Calcutta medical institutions reports 1892-1900
Year: 1892
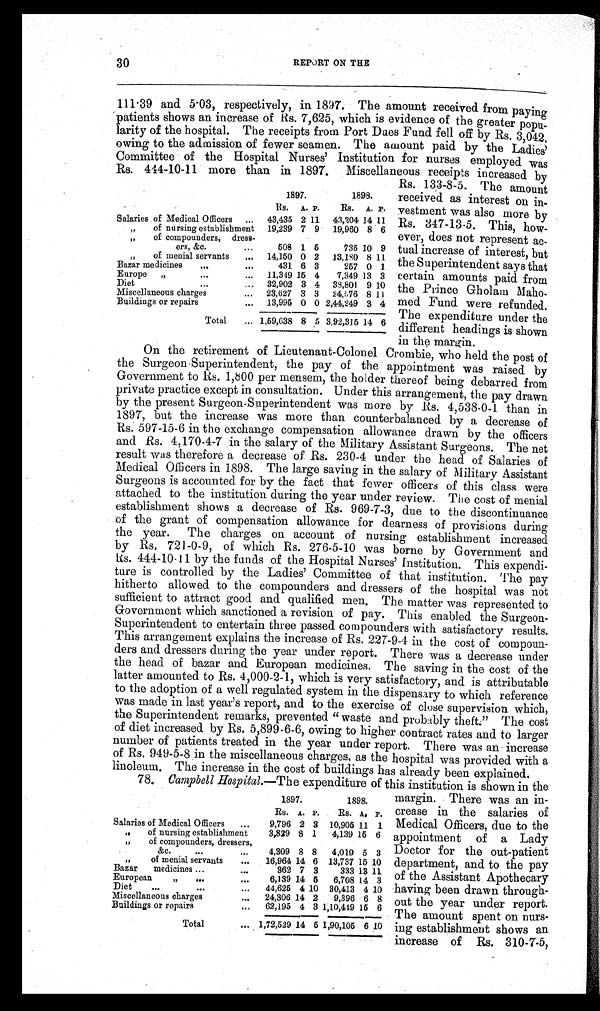
30
REPORT ON THE
111.39 and 5.03, respectively, in 1897. The amount received from paying
patients shows an increase of Rs. 7,625, which is evidence of the greater popu-
larity of the hospital. The receipts from Port Dues Fund fell off by Rs. 3,042,
owing to the admission of fewer seamen. The amount paid by the Ladies'
Committee of the Hospital Nurses' Institution for nurses employed was
Rs. 444-10-11 more than in 1897. Miscellaneous receipts increased by
Rs. 133-8-5. The amount
received as interest on in-
vestment was also more by
Rs. 347-13-5. This, how-
ever, does not represent ac-
tual increase of interest, but
the Superintendent says that
certain amounts paid from
the Prince Gholam Maho-
med Fund were refunded.
The expenditure under the
different headings is shown
in the margin.
On the retirement of Lieutenant-Colonel Crombie, who held the post of
the Surgeon-Superintendent, the pay of the appointment was raised by
Government to Rs. 1,800 per mensem, the holder thereof being debarred from
private practice except in consultation. Under this arrangement, the pay drawn
by the present Surgeon-Superintendent was more by Rs. 4,538-0-1 than in
1897, but the increase was more than counterbalanced by a decrease of
Rs. 597-15-6 in the exchange compensation allowance drawn by the officers
and Rs. 4,170-4-7 in the salary of the Military Assistant Surgeons. The net
result was therefore a decrease of Rs. 230-4 under the head of Salaries of
Medical Officers in 1898. The large saving in the salary of Military Assistant
Surgeons is accounted for by the fact that fewer officers of this class were
attached to the institution during the year under review. The cost of menial
establishment shows a decrease of Rs. 969-7-3, due to the discontinuance
of the grant of compensation allowance for dearness of provisions during
the year. The charges on account of nursing establishment increased
by Rs. 721-0-9, of which Rs. 276-5-10 was borne by Government and
Rs. 444-10-11 by the funds of the Hospital Nurses' Institution. This expendi-
ture is controlled by the Ladies' Committee of that institution. The pay
hitherto allowed to the compounders and dressers of the hospital was not
sufficient to attract good and qualified men. The matter was represented to
Government which sanctioned a revision of pay. This enabled the Surgeon-
Superintendent to entertain three passed compounders with satisfactory results.
This arrangement explains the increase of Rs. 227-9-4 in the cost of compoun-
ders and dressers during the year under report. There was a decrease under
the head of bazar and European medicines. The saving in the cost of the
latter amounted to Rs. 4,000-2-1, which is very satisfactory, and is attributable
to the adoption of a well regulated system in the dispensary to which reference
was made in last year's report, and to the exercise of close supervision which,
the Superintendent remarks, prevented "waste and probably theft." The cost
of diet increased by Rs. 5,899-6-6, owing to higher contract rates and to larger
number of patients treated in the year under report. There was an increase
of Rs. 949-5-8 in the miscellaneous charges, as the hospital was provided with a
linoleum. The increase in the cost of buildings has already been explained.
78. Campbell Hospital.—The expenditure of this institution is shown in the
margin. There was an in-
crease in the salaries of
Medical Officers, due to the
appointment of a Lady
Doctor for the out-patient
department, and to the pay
of the Assistant Apothecary
having been drawn through-
out the year under report.
The amount spent on nurs-
ing establishment shows an
increase of Rs. 310-7-5,
1897.
1898.
Rs. A. P.
Rs. A. P.
Salaries of Medical Officers ...
43,435 2 11 43,204 14 11
„ of nursing establishment 19,239 7 9 19,960 8 6
„ of compounders, dress-
ers, &c
...
508 1 5
735 10 9
„ of menial servants
... 14,150 0 2 13,180 8 11
Bazar medicines
...
. . .
431 6 3
257 0 1
Europe „
...
... 11,349 15 4
7,349 13 3
Diet
. . .
... 32,902 3 4 38,801 9 10
Miscellaneous charges
... 23,627 3 3 24,576 8 11
Buildings or repairs
... 13,995 0 0 2,44,249 3 4
Total
... 1,59,638 8 5 3,92,315 14 6
1897.
1898.
Rs. A. P.
Rs. A. P.
Salaries of Medical Officers
...
9,796 2 3 10,905 11. 1
„ of nursing establishment
3,829 8 1
4,139 15 6
„ of compounders, dressers,
&c.
...
. . .
4,309 8 8 4,019 5 3
„ of menial servants
...
16,964 14 6 13,737 15 10
Bazar medicines ...
. . .
362 7 3
333 13 11
European „
...
...
6,139 14 5 6,708 14 3
Diet
...
. . .
...
44,625 4 10 30,413 4 10
Miscellaneous charges
...
24,306 14 2
9,396 6 8
Buildings or repairs
...
62,195 4 3 1,10,449 15 6
Total
... 1,72,529 14 5 1,90,105 6 10